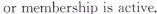
or membership is active.